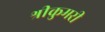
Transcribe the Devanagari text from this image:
श्रीकुमरी